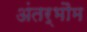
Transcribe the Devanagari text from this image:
अंतर्भौम